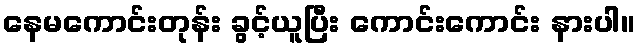
နေမကောင်းတုန်း ခွင့်ယူပြီး ကောင်းကောင်း နားပါ။